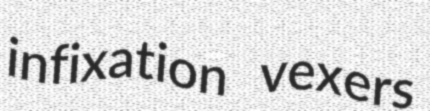
infixation vexers